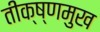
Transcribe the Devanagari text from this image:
तीक्ष्णमुख